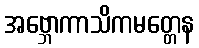
အဗ္ဘောကာသိကမတ္တေန